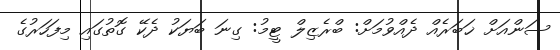
ސަންއަށް ޚަބަރެއް ދެއްވުމަށް: ބްރެޒިލް ޓީމު: ގިނަ ބަޔަކު ދެކޭ ގޮތުގައި މިފަހަރުގެ